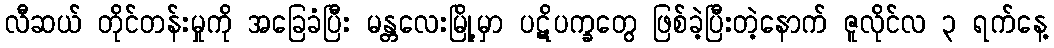
လီဆယ် တိုင်တန်းမှုကို အခြေခံပြီး မန္တလေးမြို့မှာ ပဋိပက္ခတွေ ဖြစ်ခဲ့ပြီးတဲ့နောက် ဇူလိုင်လ ၃ ရက်နေ့